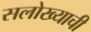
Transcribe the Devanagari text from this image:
सलोख्याची